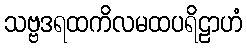
သဗ္ဗဒရထကိလမထပရိဠာဟံ